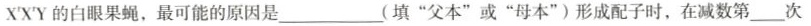
X^{\prime}X^{\prime}Y的白眼果蝇，最可能的原因是 ___ (填”父本”或”母本”)形成配子时，在减数第___次